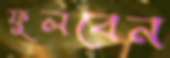
ফুলবেন